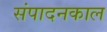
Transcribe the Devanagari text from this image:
संपादनकाल